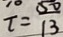
t = \frac { 5 0 } { 1 3 }